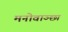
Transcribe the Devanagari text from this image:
मनोवाञ्छा